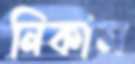
নিকাম